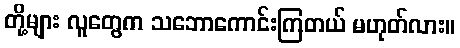
တို့များ လူတွေက သဘောကောင်းကြတယ် မဟုတ်လား။